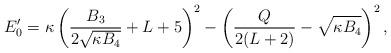
LaTeX: \begin{align*} E'_0 = \kappa \left(\frac{B_3}{2\sqrt{\kappa B_4}} + L +5\right)^2 - \left(\frac{Q}{2(L+2)} - \sqrt{\kappa B_4}\right)^2,\end{align*}